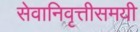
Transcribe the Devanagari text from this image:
सेवानिवृत्तीसमयी